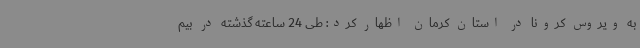
به ویروس کرونا در استان کرمان اظهار کرد: طی 24 ساعته گذشته در بیم